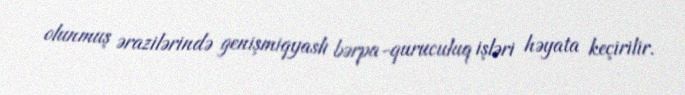
olunmuş ərazilərində genişmiqyaslı bərpa-quruculuq işləri həyata keçirilir.